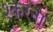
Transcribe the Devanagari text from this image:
श्करना